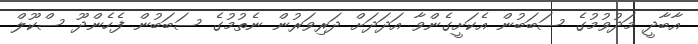
އާބާދީ މަދުވުމުގެ ސަބަބުން އެކަށީގެންވާ އަދަދަށް ދަރިވަރުން ނެތުމުގެ ސަބަބުން ފެހެންދޫ ސްކޫލް